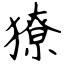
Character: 獠